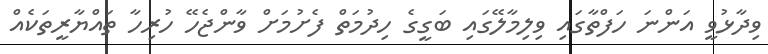
ވިދާޅުވީ އަންނަ ހަފްތާގައި ވިލިމާލޭގައި ބަގީގެ ހިދުމަތް ފެށުމަށް ވާންޖެހޭ ހުރިހާ ތައްޔާރީތަކެއް